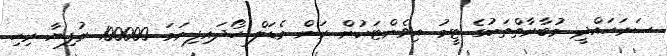
ސަރަހައްދީ މުބާރާތްތަކުގެ ޓީމު އިވެންޓަކުން ރަން މެޑަލް ހޯދައިފިނަމަ 100000 ރުފިޔާ ރިހި